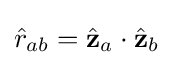
{\hat {r}}_{ab}={\hat {\mathbf {z} }}_{a}\cdot {\hat {\mathbf {z} }}_{b}